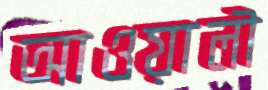
আওয়ালী